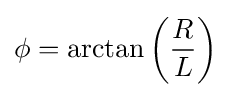
\phi =\arctan \left({R \over L}\right)